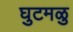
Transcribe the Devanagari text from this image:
घुटमळु